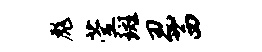
彪萱斑忍茜